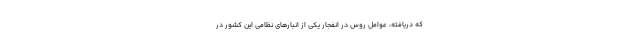
که دریافته، عوامل روس در انفجار یکی از انبارهای نظامی این کشور در